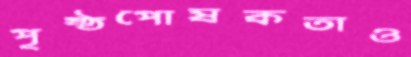
পৃষ্ঠপোষকতাও